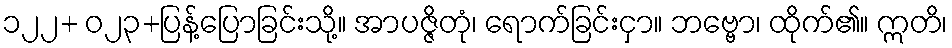
၁၂၂+ ဝ၂၃+ပြန့်ပြောခြင်းသို့။ အာပဇ္ဇိတုံ၊ ရောက်ခြင်းငှာ။ ဘဗ္ဗော၊ ထိုက်၏။ ဣတိ၊